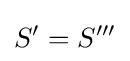
S^{\prime }=S^{\prime \prime \prime }